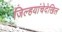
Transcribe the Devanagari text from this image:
जिल्हयांचेदेखिल